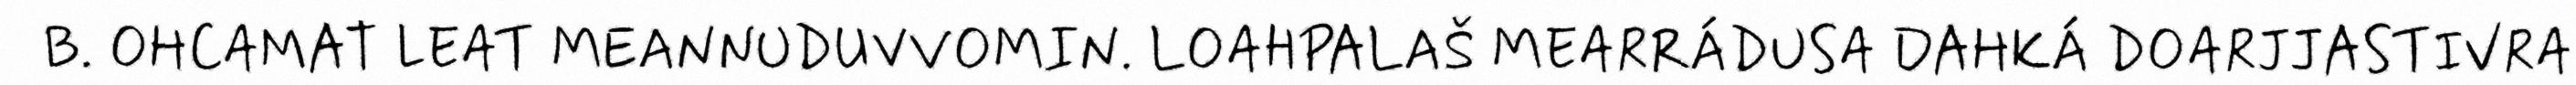
B. OHCAMAT LEAT MEANNUDUVVOMIN. LOAHPALAŠ MEARRÁDUSA DAHKÁ DOARJJASTIVRA